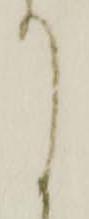
て